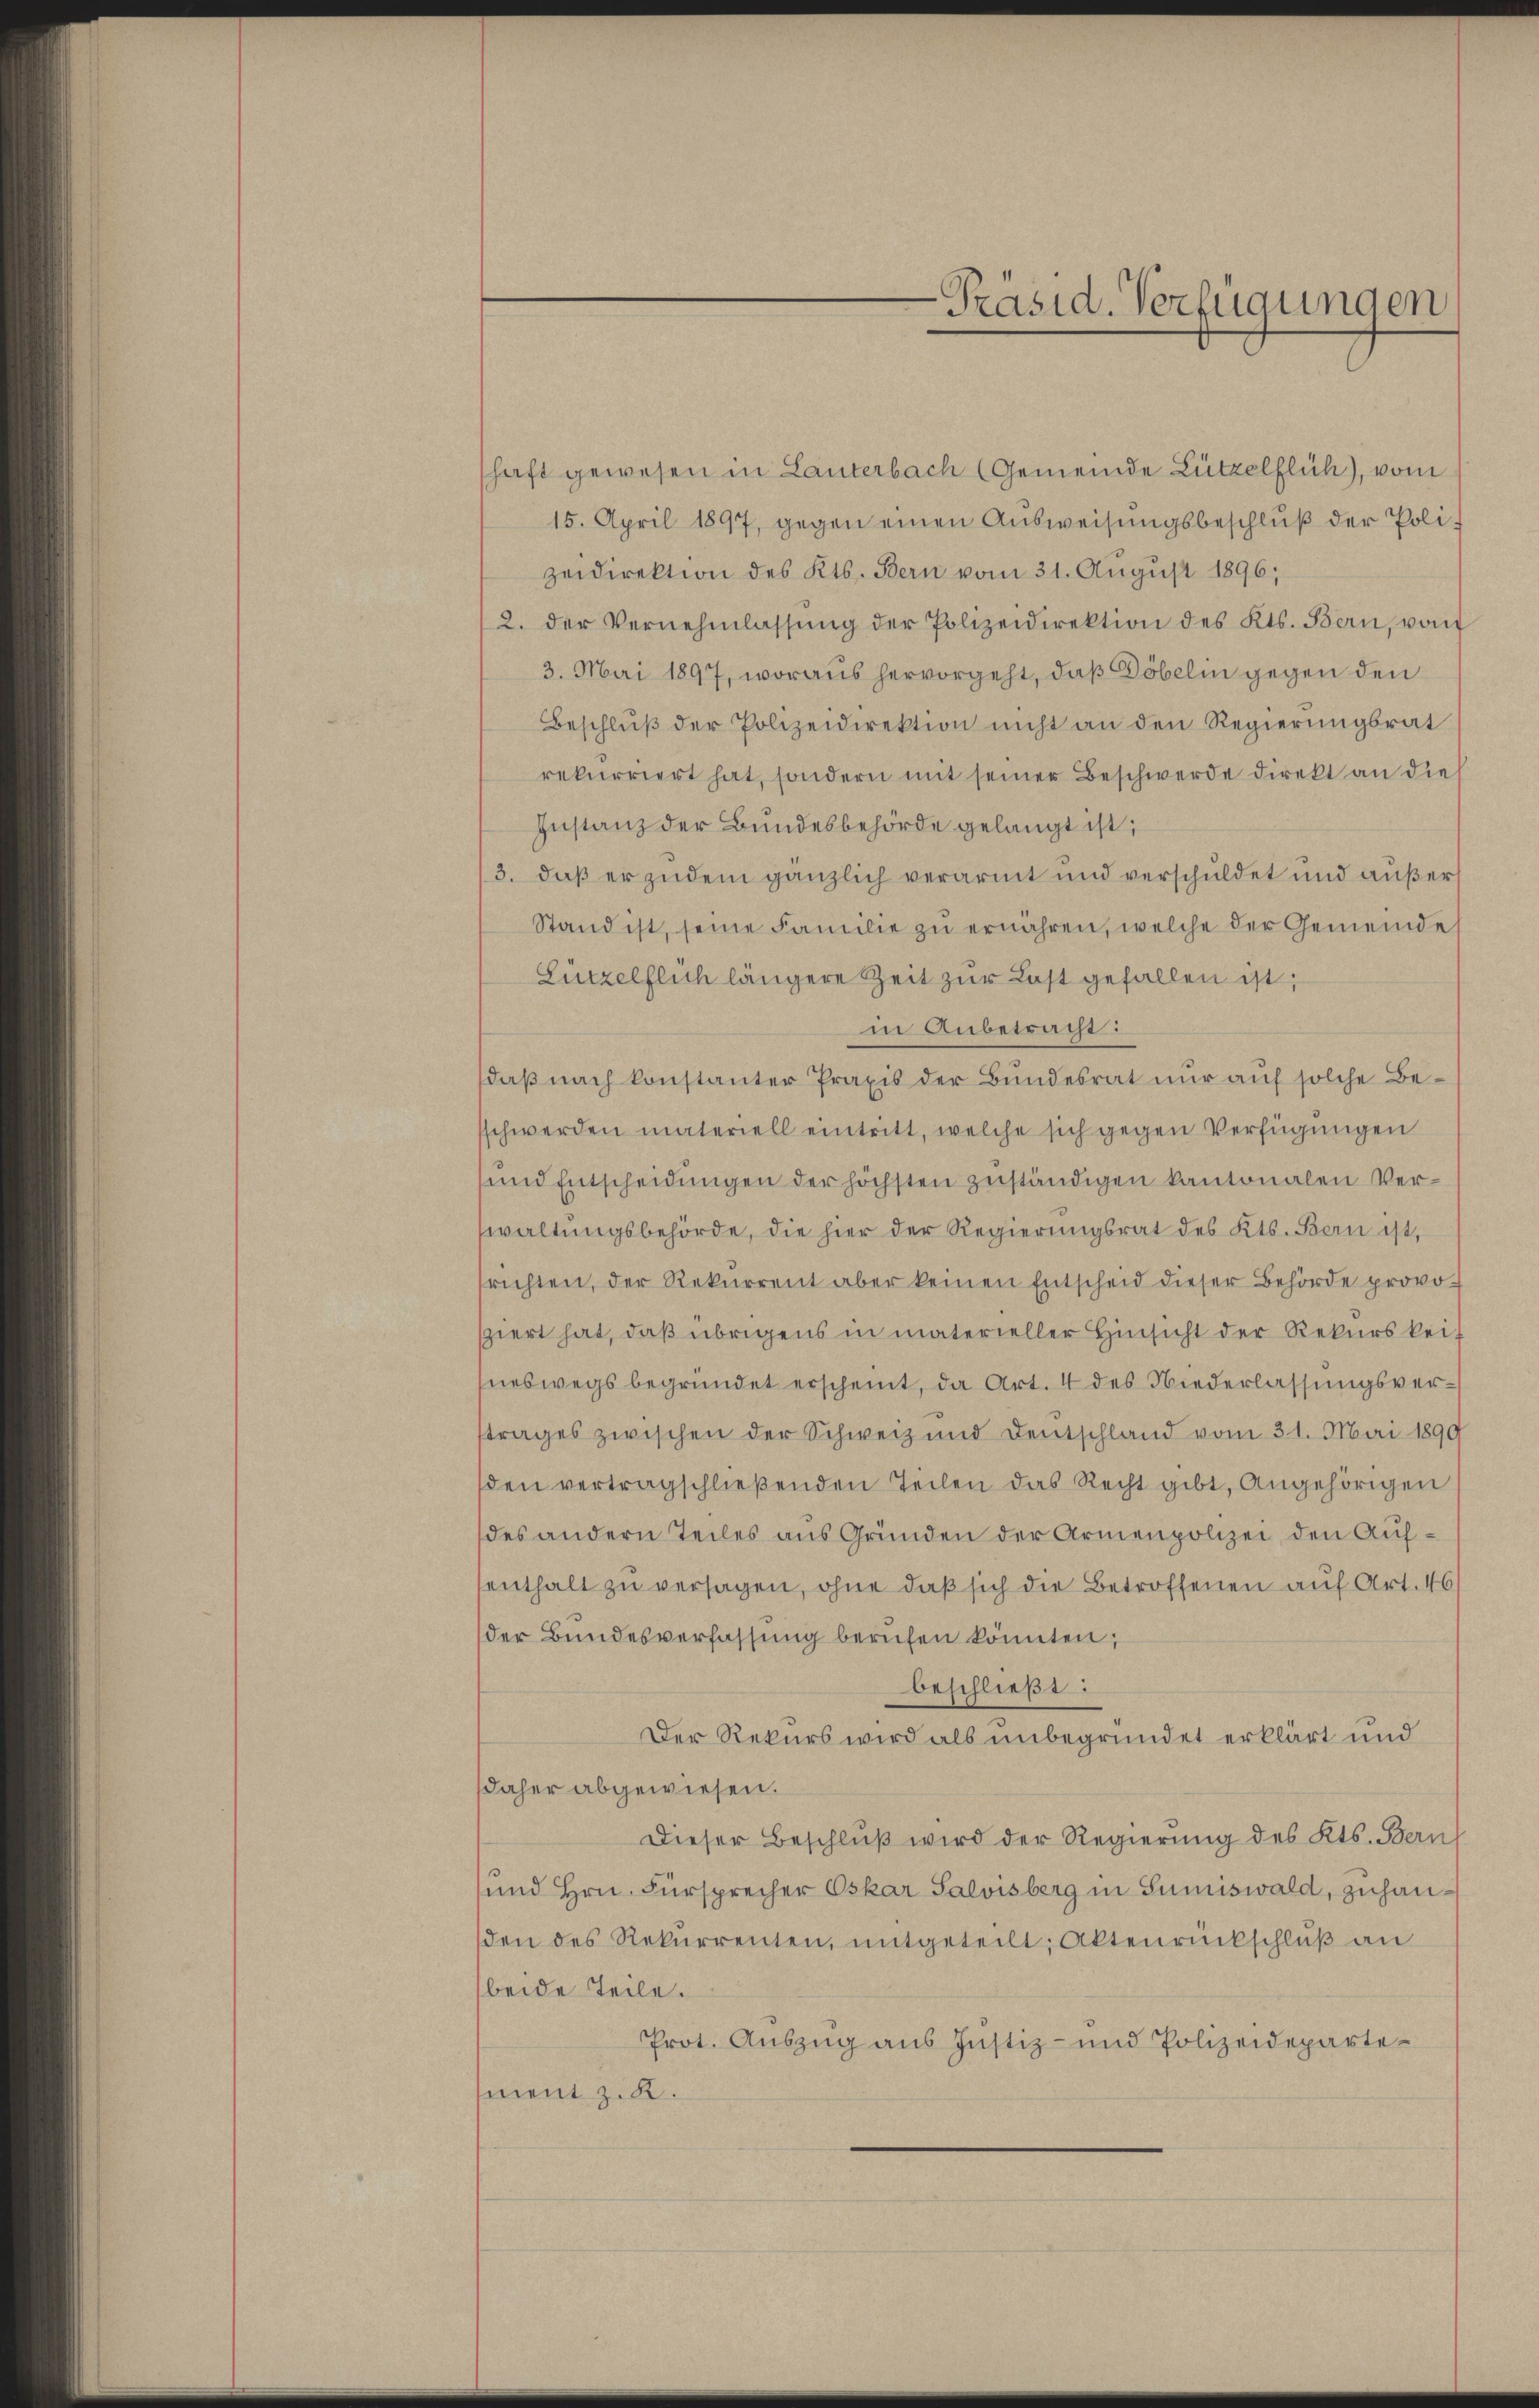
-Präsid. Verfügungen

schaft gewesen in Lauterbach (Gemeinde Lützelflüh), vom
15. April 1897, gegen einen Aŭsweisungsbeschlŭβ der Polizeidirektion des Kts. Bern vom 31. August 1896;
2. der Vernehmlassŭng der Polizeidirektion des Kts. Bern, von
3. Mai 1897, woraus hervorgeht, daß Döbelin gegen den
Beschluß der Polizeidirektion nicht an den Regierungsrat
rekurriert hat, sondern mit seiner Beschwerde direkt an die
Instanz der Bundesbehörde gelangt ist;
3. daß er zudem gänzlich verarmt und verschuldet und außers
Stand ist, seine Familie zŭ ernähren, welche der Gemeinde
Fürzelflich längere Zeit zur Last gefallen ist;
in Anbetracht:
daß nach konstanter Praxis der Bundesrat nur auf solche Besschwerden materiell eintritt, welche sich gegen Verfügungen
und Entscheidungen der höchsten zuständigen kantonalen Verwaltungsbehörde, die hier der Regierungsrat des Kts. Bern ist,
srichten, der Rekŭrrent aber keinen Entscheid dieser Behörde provo-
siert hat, daß übrigens in materieller Hinsicht der Rekurskeit
sneswegs begründet erscheint, da Art. 4 des Niederlassungsvertrages zwischen der Schweiz und Deutschland vom 31. Mai 1890
den vertragschließenden Teilen das Recht gibt, Angehörigen
des andern Teiles aus Gründen der Armenpolizei, den Aufsenthalt zu versagen, ohne daß sich die Betroffenen auf Art. 46.
der Bundesverfassung berufen könnten;
beschließt:
Der Rekurs wird als unbegründet erklärt und
daher abgewiesen.
Dieser Beschluß wird der Regierung des Kts. Bern
und Hrn. Fürsprecher Oskar Salvisberg in Sumiswald, zuhanden des Rekurrenten, mitgeteilt; Aktenrückschlŭβ an
beide Teile.
Prot. Auszug aus Justiz- und Polizeidepartement z. B.